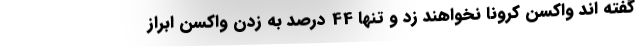
گفته اند واکسن کرونا نخواهند زد و تنها 44 درصد به زدن واکسن ابراز